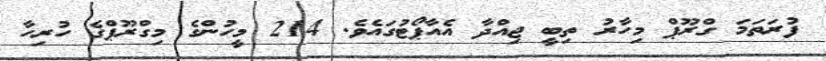
ފުރަތަމަ ގްރޫޕް މިހާރު ތިބީ ޖިއްދާ އެއާޕޯޓުގައެވެ. 214 މީހުންގެ މިގްރޫޕްގެ ހުރިހާ